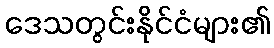
ဒေသတွင်းနိုင်ငံများ၏